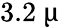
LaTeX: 3.2~\upmu